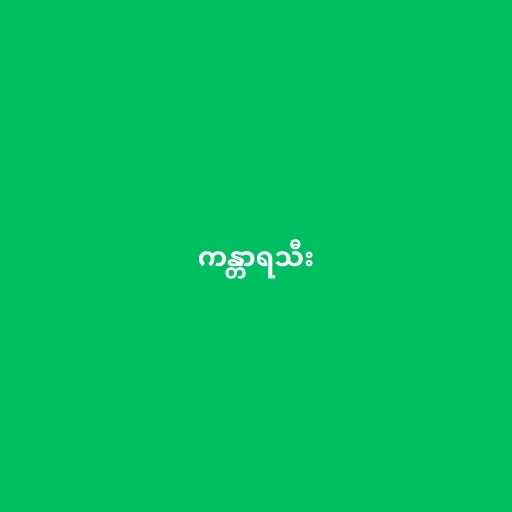
ကန္တာရသီး